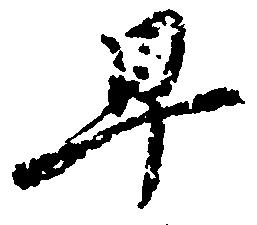
早